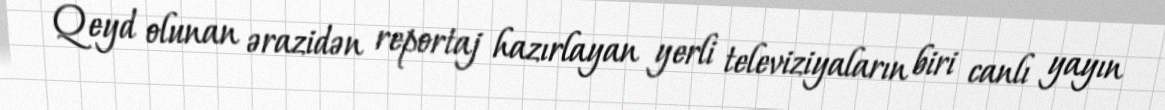
Qeyd olunan ərazidən reportaj hazırlayan yerli televiziyaların biri canlı yayın